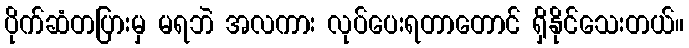
ပိုက်ဆံတပြားမှ မရဘဲ အလကား လုပ်ပေးရတာတောင် ရှိနိုင်သေးတယ်။